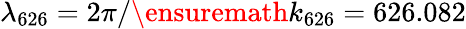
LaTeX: \lambda_{\mathrm{626}}=2\pi/\ensuremath{k_{626}}=626.082